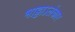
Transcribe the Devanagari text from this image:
भाट्टाऽलंकार